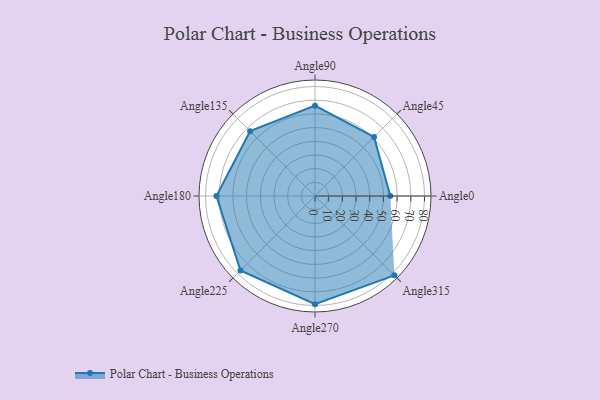
{"axis": {"x": "Angle", "y": "Radius"}, "legend": [""], "data": [{"x": "Angle0", "y": 55.0, "type": ""}, {"x": "Angle45", "y": 61.0, "type": ""}, {"x": "Angle90", "y": 66.0, "type": ""}, {"x": "Angle135", "y": 67.0, "type": ""}, {"x": "Angle180", "y": 72.0, "type": ""}, {"x": "Angle225", "y": 77.0, "type": ""}, {"x": "Angle270", "y": 79.0, "type": ""}, {"x": "Angle315", "y": 82.0, "type": ""}]}